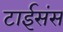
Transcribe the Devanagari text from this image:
टाईसंस